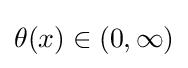
\theta (x)\in (0,\infty )